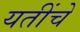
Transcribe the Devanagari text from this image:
यतींचे